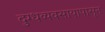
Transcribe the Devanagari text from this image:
दुग्धव्यवसायापासून